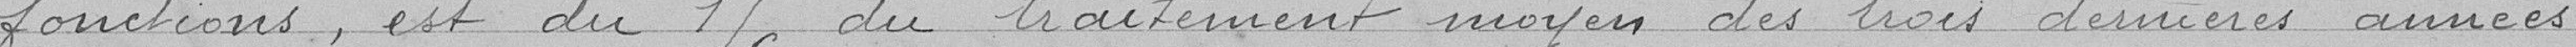
fonctions, est du 1/6 du traitement moyen des trois dernières années